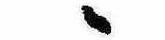
ゝ